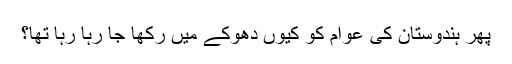
پھر ہندوستان کی عوام کو کیوں دھوکے میں رکھا جا رہا رہا تھا؟